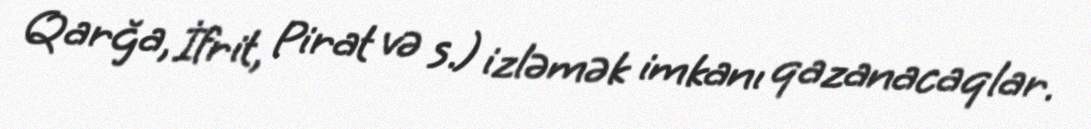
Qarğa, İfrit, Pirat və s.) izləmək imkanı qazanacaqlar.